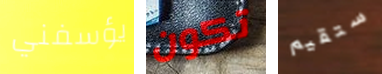
يؤسفني تكون ستقيم